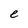
Character: e